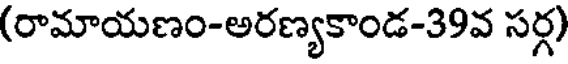
(రామాయణం-అరణ్యకాండ-39వ సర్గ)